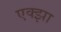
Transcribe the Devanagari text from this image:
एक्झा